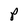
Character: P